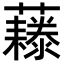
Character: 𧄃